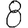
Digit: 8